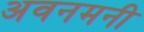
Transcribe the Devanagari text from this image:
अवनमनी